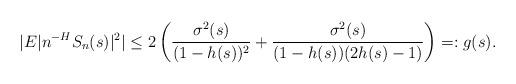
LaTeX: \begin{align*}|E|n^{-H}S_{n}(s)|^2|\leq 2\left( \frac{\sigma^2(s)}{(1-h(s))^2} + \frac{\sigma^2(s)}{(1-h(s))(2h(s)-1)}\right)=:g(s).\end{align*}